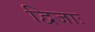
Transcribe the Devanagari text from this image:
द्विजाः